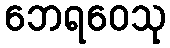
ဘေရဝေသု